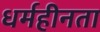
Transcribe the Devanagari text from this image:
धर्महीनता